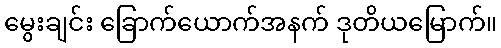
မွေးချင်း ခြောက်ယောက်အနက် ဒုတိယမြောက်။